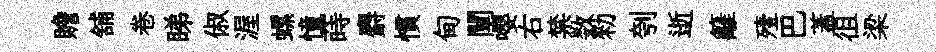
贍舖卷睇俶渥螺憧蒔麝慣甸闡嚶右禁数勑刳逝籬殪巴蓋徂梁